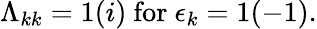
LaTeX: \Lambda_{kk}=1(i)\ \mathrm{for}\ \epsilon_{k}=1(-1).